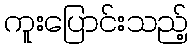
ကူးပြောင်းသည့်